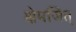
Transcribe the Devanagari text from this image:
क्षेमजित्